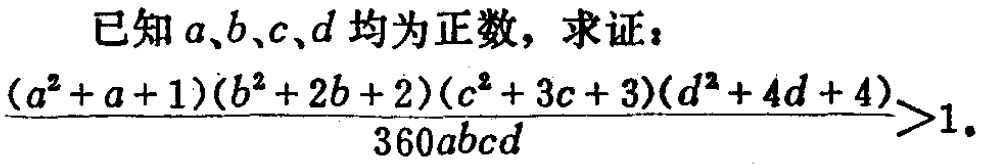
已知 \(a,b,c,d\) 均为正数，求证：
\(\frac{(a^{2}+a + 1)(b^{2}+2b + 2)(c^{2}+3c + 3)(d^{2}+4d + 4)}{360abcd}>1\)。